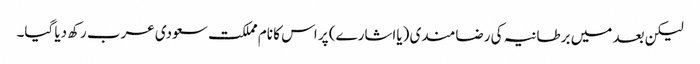
لیکن بعد میں برطانیہ کی رضامندی (یااشارے) پر اس کا نام مملکت سعودی عرب رکھ دیا گیا۔